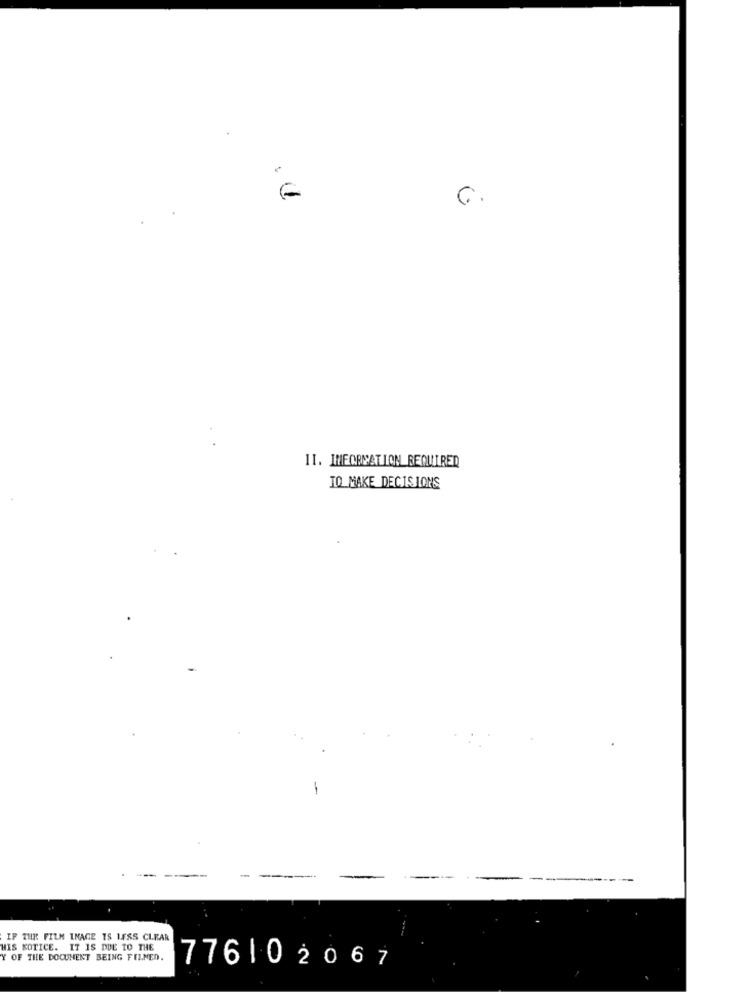
6.
II. IMFORMATION REQUIRED
TO MAKE DECISIONS
IF THE FILM IMAGE TS LESS CLEAR
HIS KOTICE. IT IS DUE TO THE
Y OF THE DOCUMENT BEING FILMED.
776102067